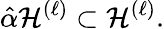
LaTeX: \hat{\alpha}{\cal H}^{(\ell)}\subset{\cal H}^{(\ell)}.